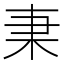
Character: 𣏲